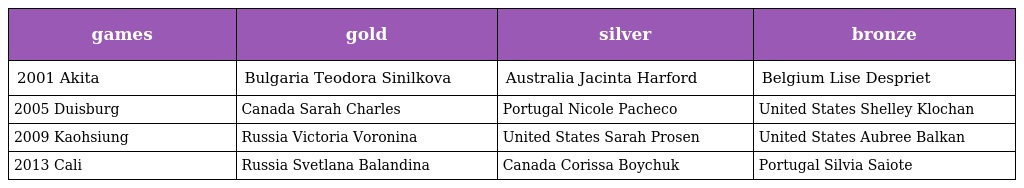
| games | gold | silver | bronze |
 | --- | --- | --- | --- |
 | 2001 Akita | Bulgaria Teodora Sinilkova | Australia Jacinta Harford | Belgium Lise Despriet |
 | 2005 Duisburg | Canada Sarah Charles | Portugal Nicole Pacheco | United States Shelley Klochan |
 | 2009 Kaohsiung | Russia Victoria Voronina | United States Sarah Prosen | United States Aubree Balkan |
 | 2013 Cali | Russia Svetlana Balandina | Canada Corissa Boychuk | Portugal Silvia Saiote |